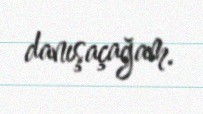
danışaçağam.